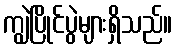
ကျွဲပြိုင်ပွဲများရှိသည်။